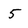
Character: 5